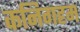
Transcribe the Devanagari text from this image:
कनिगहम